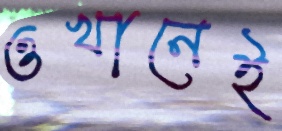
ওখানেই